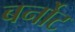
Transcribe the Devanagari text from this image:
बर्नोट